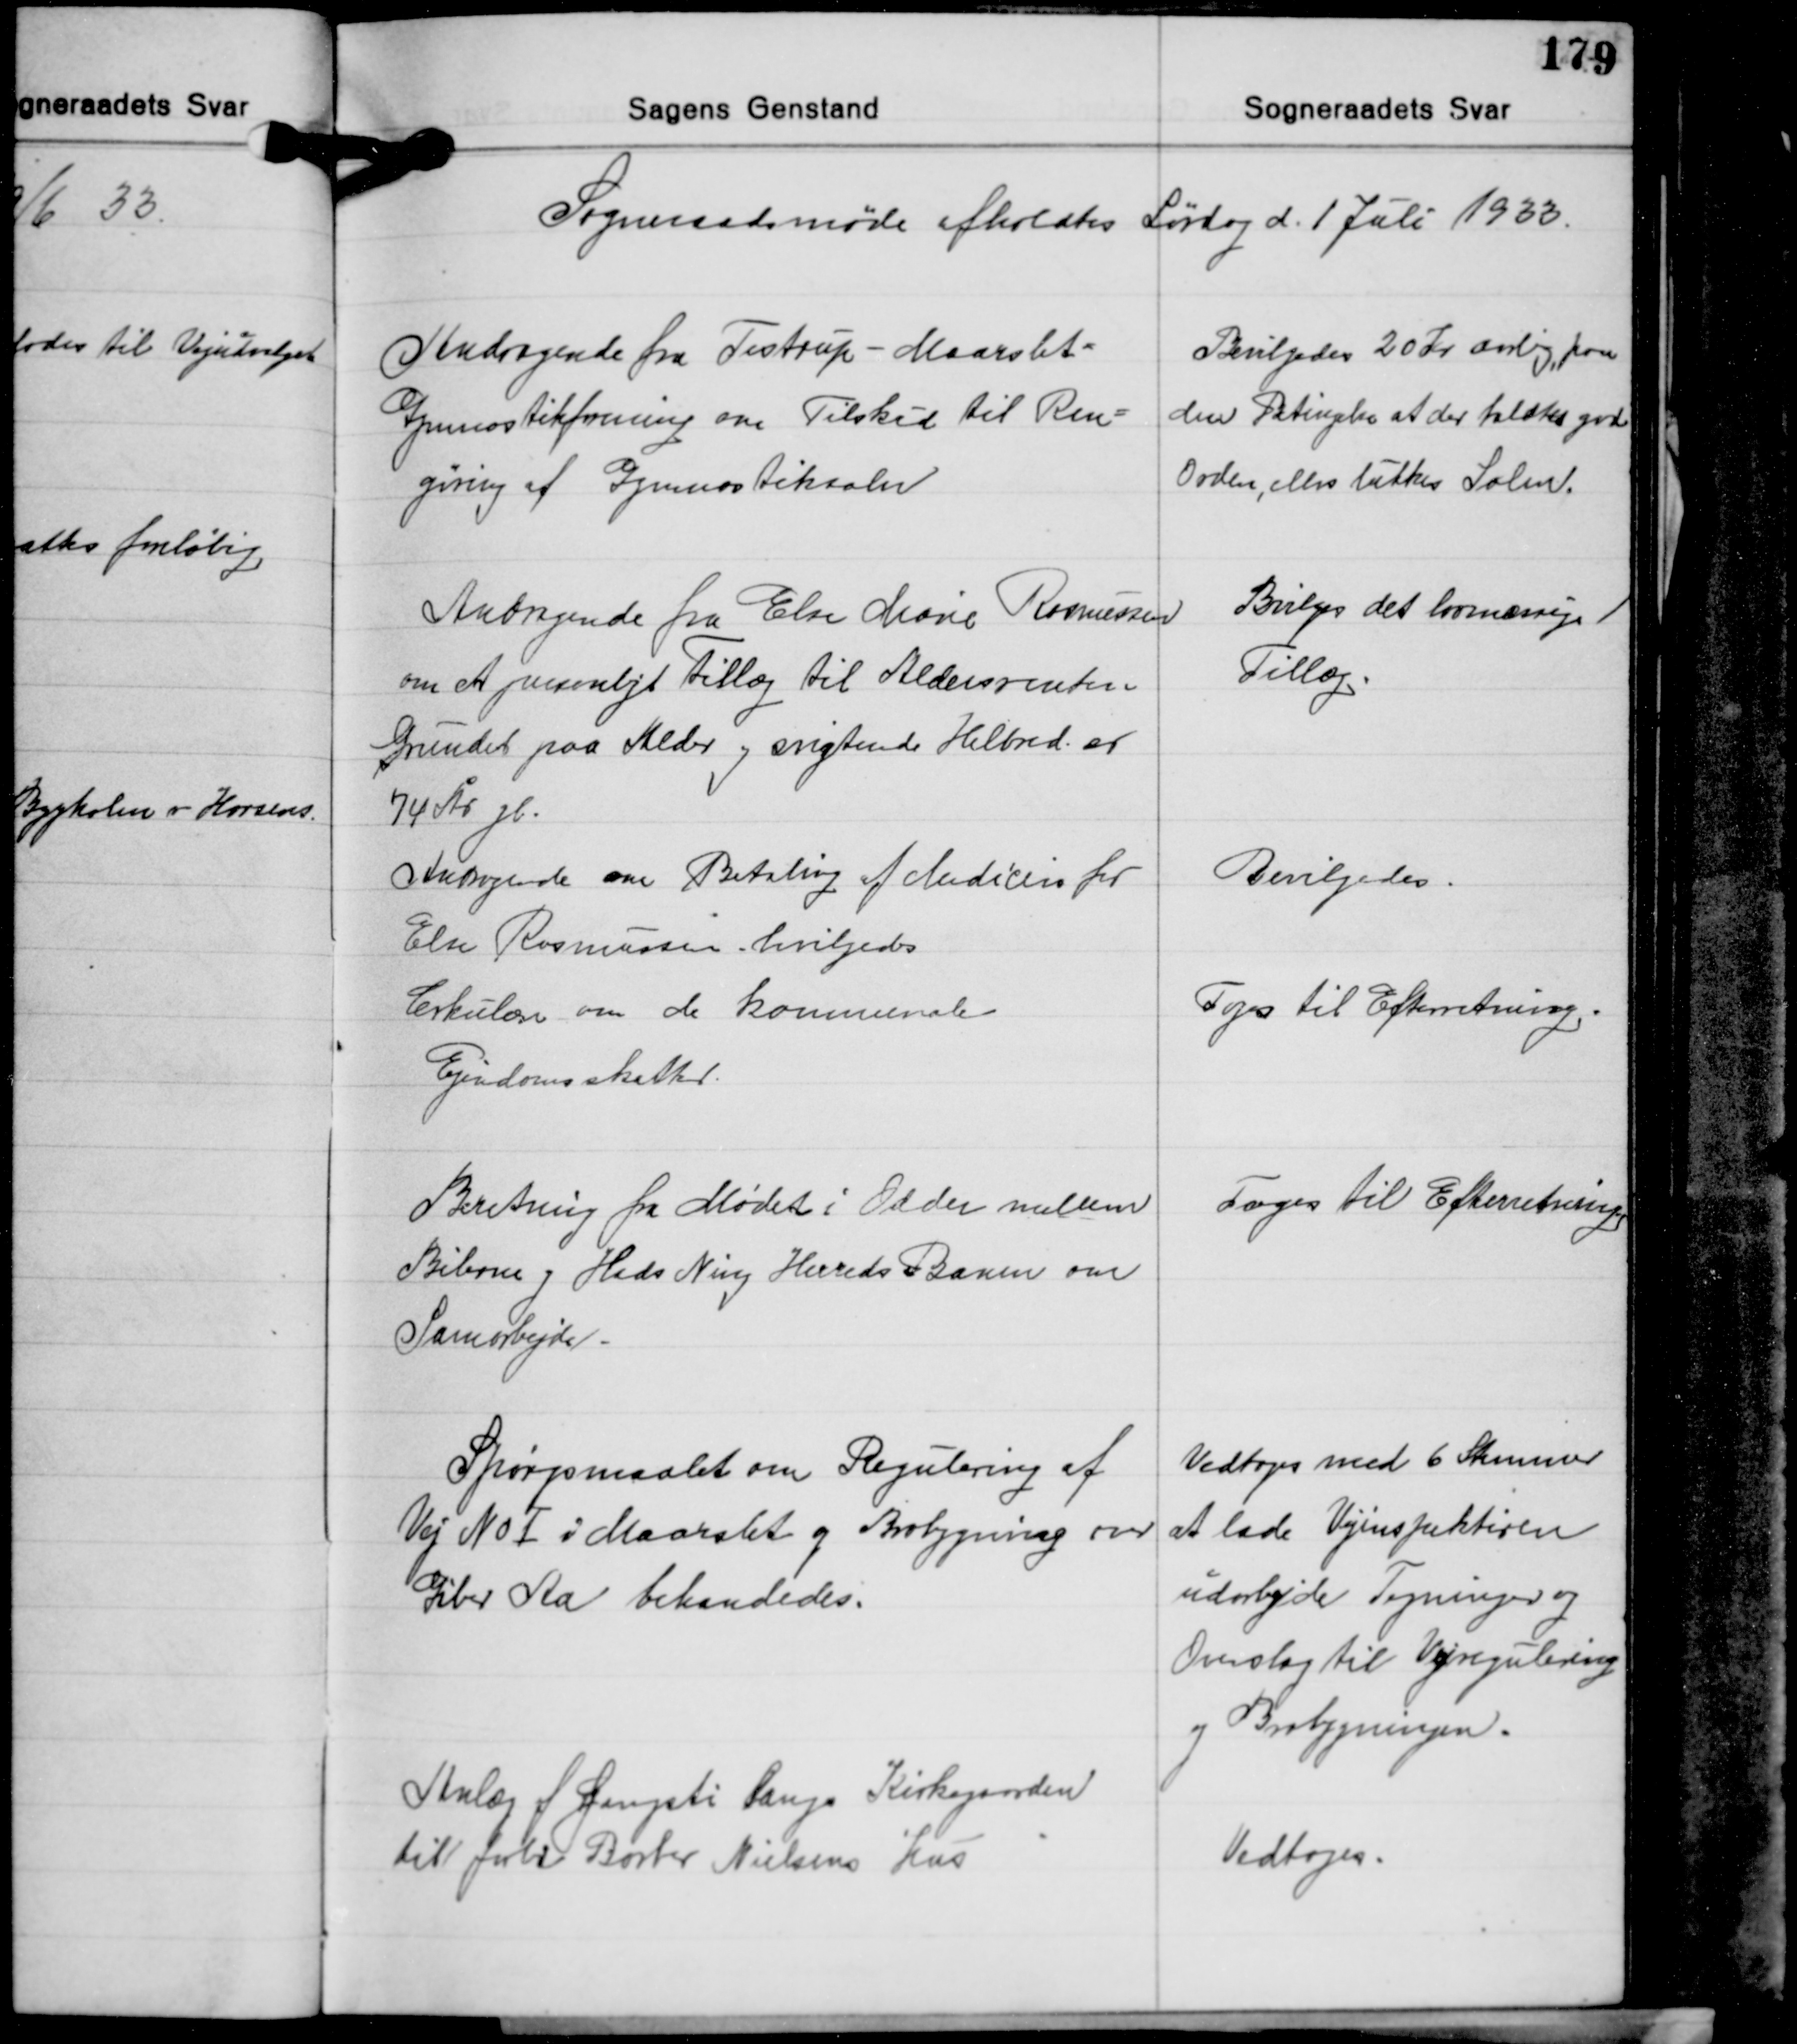
Transskription:
Sogneraadsmøde afholdtes Lørdag d. 1 Juli 1933.

Andragende fra Testrup - Maarslet-
Gymnastikforening om Tilskud til Ren-
gøring af Gymnastiksalen

Bevilgedes 20 Kr. aarlig, paa
den Betingelse at der holdes god
Orden, ellers lukkes Salen.

Andragende fra Else Marie Rasmussen
om et personligt Tillæg til Aldersrenten
Grundet paa Alder og svigtende Helbred, er
74 År gl.
Andragende om Betaling af Medicin for
Else Rasmussen bevilgedes
Cirkulære om de kommunale
Ejendomsskatter.

Bvilges det lovmæssige
Tillæg

Bevilgedes.

Toges til Efterretning.

Beretning fra Mødet i Odder mellem
Bilerne og Hads Ning Herreds Banen om
Samarbejde.

Toges til Efterretning

Spørgsmaalet om Regulering af
Vej No Ⅰ i Maarslet og Brobygning over
Giber Aa behandedes.

Vedtoges med 6 Stemmer
at lade Vejinspektøren
udarbejde Tegninger og
Overslag til Vejregulering
og Brobygningen.

Anlæg af Gangsti Langs Kirkegaarden
til forbi Barber Nielsens hus

Vedtoges.